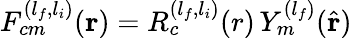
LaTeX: \begin{array}{r}{F_{cm}^{(l_{f},l_{i})}(\mathbf{r})=R_{c}^{(l_{f},l_{i})}(r)\, Y_{m}^{(l_{f})}(\hat{\mathbf{r}})}\end{array}